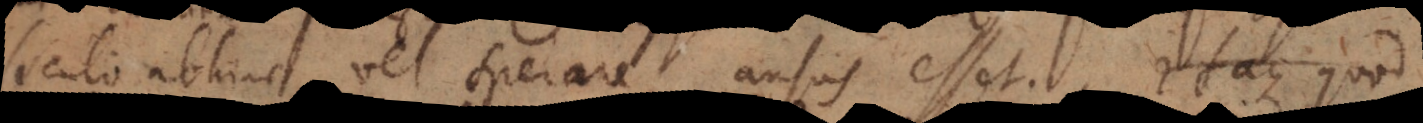
seculo abhinc vel sperare ausus esset. Itaque quod